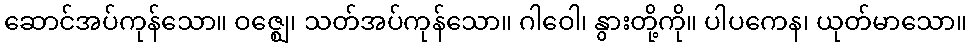
ဆောင်အပ်ကုန်သော။ ဝဇ္ဈေ၊ သတ်အပ်ကုန်သော။ ဂါဝေါ၊ နွားတို့ကို။ ပါပကေန၊ ယုတ်မာသော။